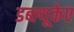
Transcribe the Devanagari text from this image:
डब्ल्यूकेए